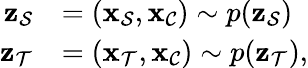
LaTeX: \begin{array}{rl}{\mathbf{\boldsymbol{z}}_{\mathcal{S}}}&{=(\mathbf{\boldsymbol{x}}_{\mathcal{S}},\mathbf{\boldsymbol{x}}_{\mathcal{C}})\sim p(\mathbf{\boldsymbol{z}}_{\mathcal{S}})}\\ {\mathbf{\boldsymbol{z}}_{\mathcal{T}}}&{=(\mathbf{\boldsymbol{x}}_{\mathcal{T}},\mathbf{\boldsymbol{x}}_{\mathcal{C}})\sim p(\mathbf{\boldsymbol{z}}_{\mathcal{T}}),}\end{array}